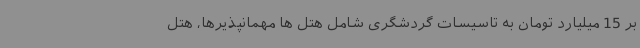
بر 15 میلیارد تومان به تاسیسات گردشگری شامل هتل ها مهمانپذیرها، هتل